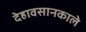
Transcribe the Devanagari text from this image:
देहावसानकाले